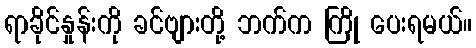
ရာခိုင်နှုန်းကို ခင်ဗျားတို့ ဘက်က ကြို ပေးရမယ်။